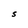
Character: S